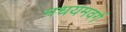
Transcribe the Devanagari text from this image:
मधयमवर्ग